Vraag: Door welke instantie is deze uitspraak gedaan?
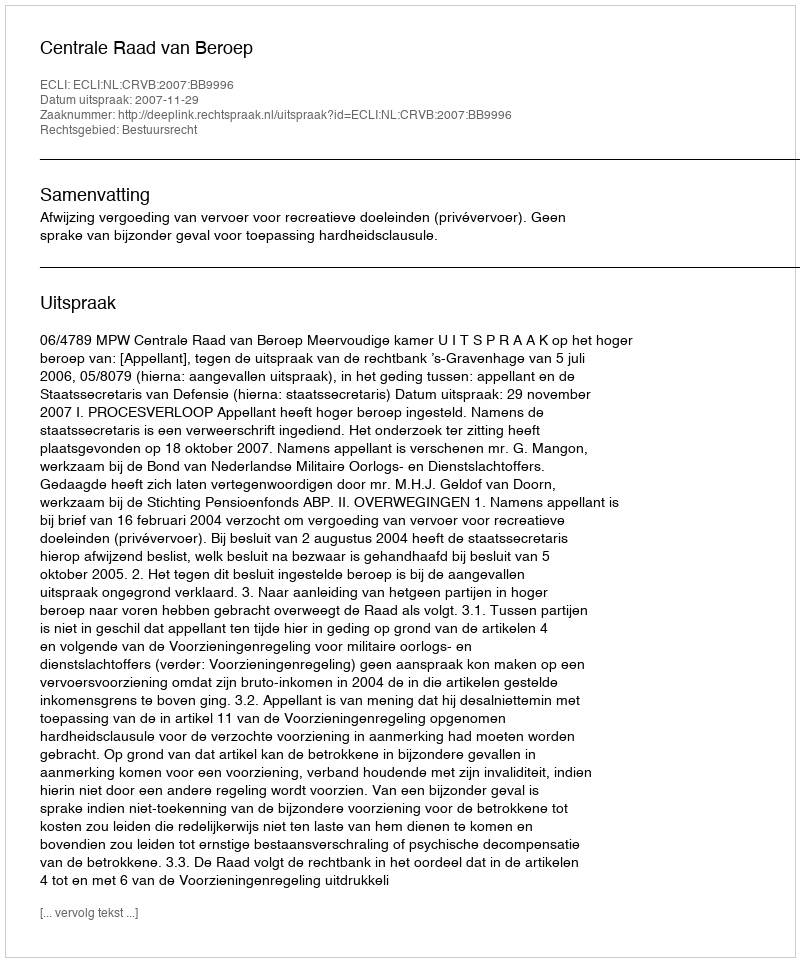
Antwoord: Centrale Raad van Beroep